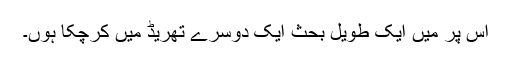
اس پر میں ایک طویل بحث ایک دوسرے تھریڈ میں کرچکا ہوں۔